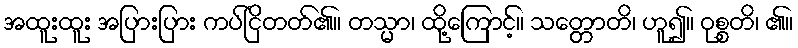
အထူးထူး အပြားပြား ကပ်ငြိတတ်၏။ တသ္မာ၊ ထို့ကြောင့်။ သတ္တောတိ၊ ဟူ၍။ ဝုစ္စတိ၊ ၏။